Lunatic asylums Madras 1892-1911 - 1892-1911
Year: 1892
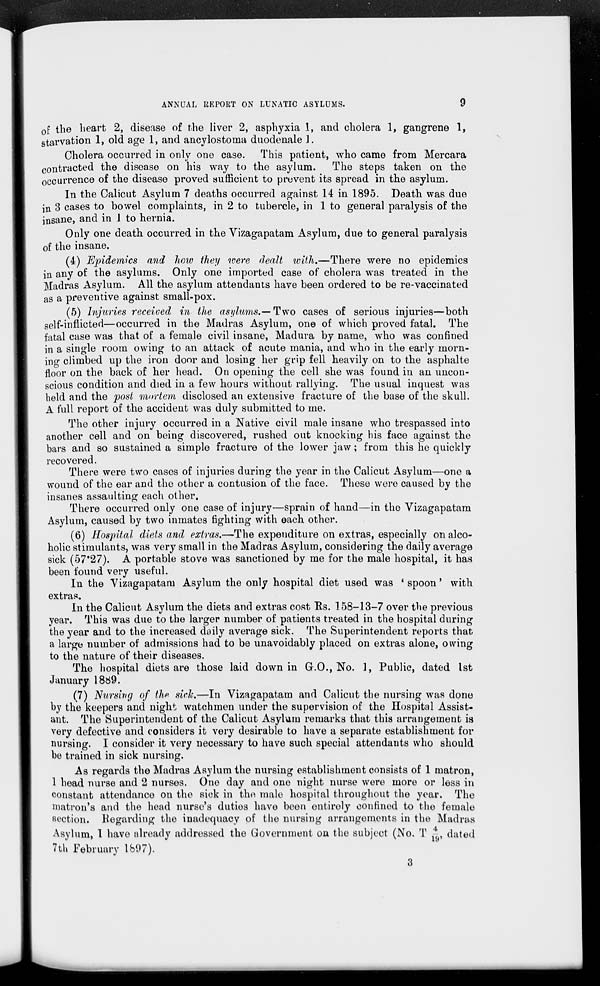
ANNUAL REPORT ON LUNATIC ASYLUMS.
9
0 f the heart 2, disease of the liver 2, asphyxia 1, and cholera 1, gangrene 1,
starvation 1, old age 1, and ancylostoma duodenale 1.
Cholera occurred in only one case. This patient, who came from Mercara
contracted the disease on his way to the asylum.
The steps taken on the
occurrence of the disease proved sufficient to prevent its spread in the asylum.
In the Calicut Asylum 7 deaths occurred against 14 in 1895. Death was due
in 3 cases to bowel complaints, in 2 to tubercle, in 1 to general paralysis of the
insane, and in 1 to hernia.
Only one death occurred in the Vizagapatam Asylum, due to general paralysis
of the insane.
(4) Epidemics and how they were dealt with.—There were no epidemics
in any of the asylums. Only one imported case of cholera was treated in the
Madras Asylum. All the asylum attendants have been ordered to be re-vaccinated
as a preventive against small-pox.
(5) htjuries received in the as//fems.-Two cases of serious injuries—both
self-inflicted—occurred in the Madras Asylum, one of which proved fatal. The
fatal case was that of a female civil insane, Madura by name, who was confined
in a single room owing to an attack of acute mania, and who in the early morn-
ing climbed up the iron door and losing her grip fell heavily on to the asphalte
floor on the back of her head. On opening the cell she was found in an uncon-
scious condition and died in a few hours without rallying. The usual inquest was
held and the post mortem disclosed an extensive fracture of the base of the skull.
A full report of the accident was duly submitted to me.
The other injury occurred in a Native civil male insane who trespassed into
another cell and on being discovered, rushed out knocking his face against the
bars and so sustained a simple fracture of the lower jaw; from this he quickly
recovered.
There were two cases of injuries during the year in the Calicut Asylum—one a
wound of the ear and the other a contusion of the face. These were caused by the
insanes assaulting each other.
There occurred only one case of injury—sprain of hand—in the Vizagapatam
Asylum, caused by two inmates fighting with each other.
(6) Hospital diets and extras.—The expenditure on extras, especially on alco-
holic stimulants, was very small in the Madras Asylum, considering the daily average
sick (57*27). A portable stove was sanctioned by me for the male hospital, it has
been found very useful.
In the Vizagapatam Asylum the only hospital diet used was * spoon' with
extras.
In the Calicut Asylum the diets and extras cost Es. 158-13-7 over the previous
year. This was due to the larger number of patients treated in the hospital during
the year and to the increased doily average sick. The Superintendent reports that
a large number of admissions had to be unavoidably placed on extras alone, owing
to the nature of their diseases.
The hospital diets are those laid down in G.O., No. 1, Public, dated 1st
January 1889.
(7) Nursing of the sick.—In Vizagapatam and Calicut the nursing was done
by the keepers and night watchmen under the supervision of the Hospital Assist-
ant. The Superintendent of the Calicut Asylum remarks that this arrangement is
very defective and considers it very desirable to have a separate establishment for
nursing. I consider it very necessary to have such special attendants who should
be trained in sick nursing.
As regards the Madras Asylum the nursing establishment consists of 1 matron,
1 head nurse and 2 nurses. One day and one night nurse were more or less in
constant attendance on the sick in the male hospital throughout the year. The
matron's and the head nurse's duties have been entirely confined to the female
section. Regarding the inadequacy of the nursing arrangements in the Madras
Asylum, I have already addressed the Government on the subject (No. T * dated
7th February 1897).
3